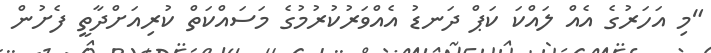
"މި އަހަރުގެ އެއް ލައްކަ ކަޕް ދަނޑު އެއްވަރުކުރުމުގެ މަސައްކަތް ކުރިއަށްދާތީ ފެށުން